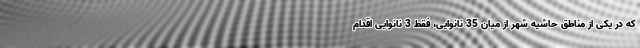
که در یکی از مناطق حاشیه شهر از میان 35 نانوایی، فقط 3 نانوایی اقدام